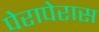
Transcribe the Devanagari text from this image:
पेरापेरास